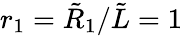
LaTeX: r_{1}=\tilde{R}_{1}/\tilde{L}=1